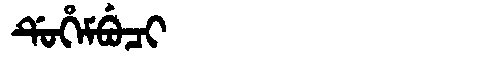
Manchu: ᡩᡠᡥᡝᠮᠪᡠᠴᡳ
Romanization: DUHEMBUCI